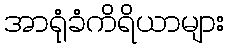
အာရုံခံကိရိယာများ